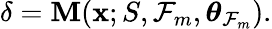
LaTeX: \delta=\mathbf{M}(\mathbf{{x}};S,\mathcal{{F}}_{m},\boldsymbol{\theta}_{\mathcal{{F}}_{m}}).